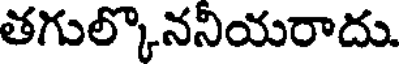
తగుల్కొననియరాదు.